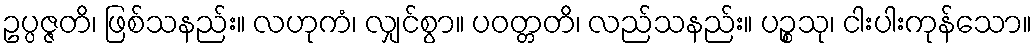
ဥပ္ပဇ္ဇတိ၊ ဖြစ်သနည်း။ လဟုကံ၊ လျှင်စွာ။ ပဝတ္တတိ၊ လည်သနည်း။ ပဉ္စသု၊ ငါးပါးကုန်သော။